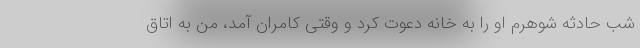
شب حادثه شوهرم او را به خانه دعوت کرد و وقتی کامران آمد، من به اتاق